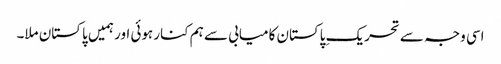
اسی وجہ سے تحریکِ پاکستان کامیابی سے ہم کنار ہوئی اور ہمیں پاکستان ملا۔